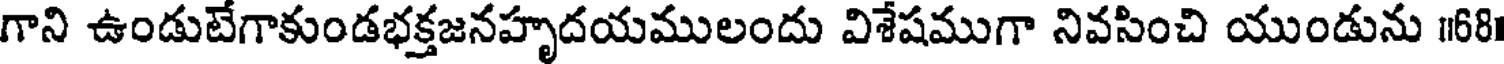
గాని ఉండుటేగాకుండభక్తజనహృదయములందు విశేషముగా నివసించి యుండును 1681